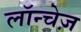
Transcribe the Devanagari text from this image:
लॉन्चेज़